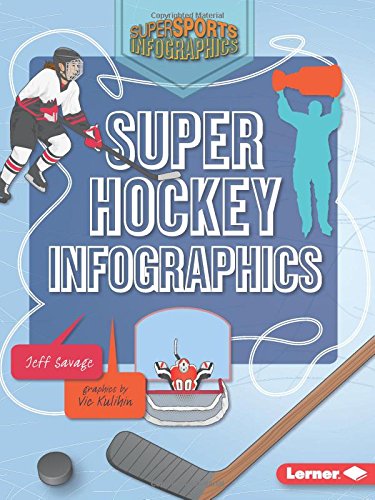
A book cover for Super Hockey Infographics (Super Sports Infographics); Jeff Savage; Children's Books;